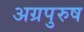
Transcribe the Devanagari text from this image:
अग्रपुरुष